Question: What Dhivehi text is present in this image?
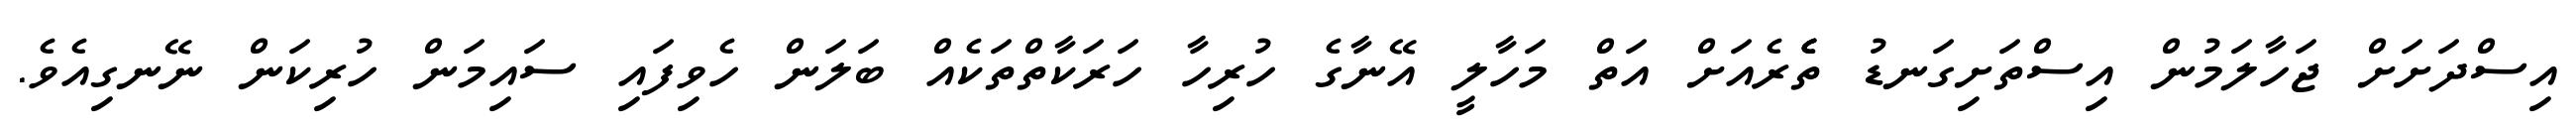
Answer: އިސްދަށަށް ޖަހާލަމުން އިސްތަށިގަނޑު ތެެެރެއަށް އަތް މަހާލީ އޭނާގެ ހުރިހާ ހަރަކާތްތަކެއް ބަލަން ހެވިފައި ސައިމަން ހުރިކަން ނޭނގިއެވެ.